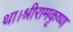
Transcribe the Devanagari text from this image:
था।श्रीरामकृष्ण